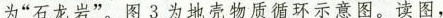
为”石龙岩”。图3为地壳物质循环示意图。读图，